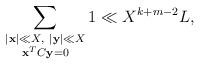
LaTeX: \begin{align*}\sum_{\substack{|\mathbf{x}|\ll X ,\ |\mathbf{y}|\ll X \\\mathbf{x}^{T}C\mathbf{y}=0}}1\ll X^{k+m-2}L ,\end{align*}